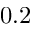
0 . 2